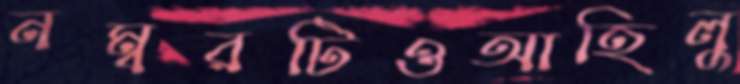
নম্বরটিওআহিলু